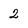
Character: 2